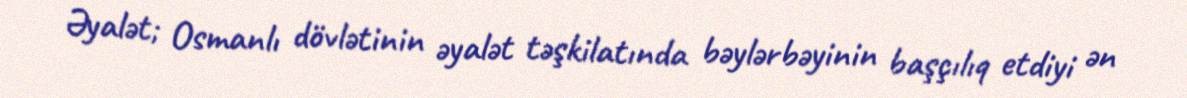
Əyalət; Osmanlı dövlətinin əyalət təşkilatında bəylərbəyinin başçılıq etdiyi ən